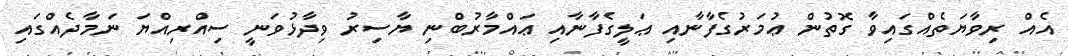
އެއް ރިވާޔަތެއްގައިވާ ގޮތުން ޢުމަރުގެފާނާއި ޢަލީގެފާނާއި ޢައްމާރުބްނި ޔާސިރު ވިދާޅުވަނީ ސިއްރިއްޔަ ނަމާދެއްގައި